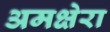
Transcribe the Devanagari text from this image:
अमक्षेरा